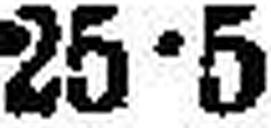
25•5